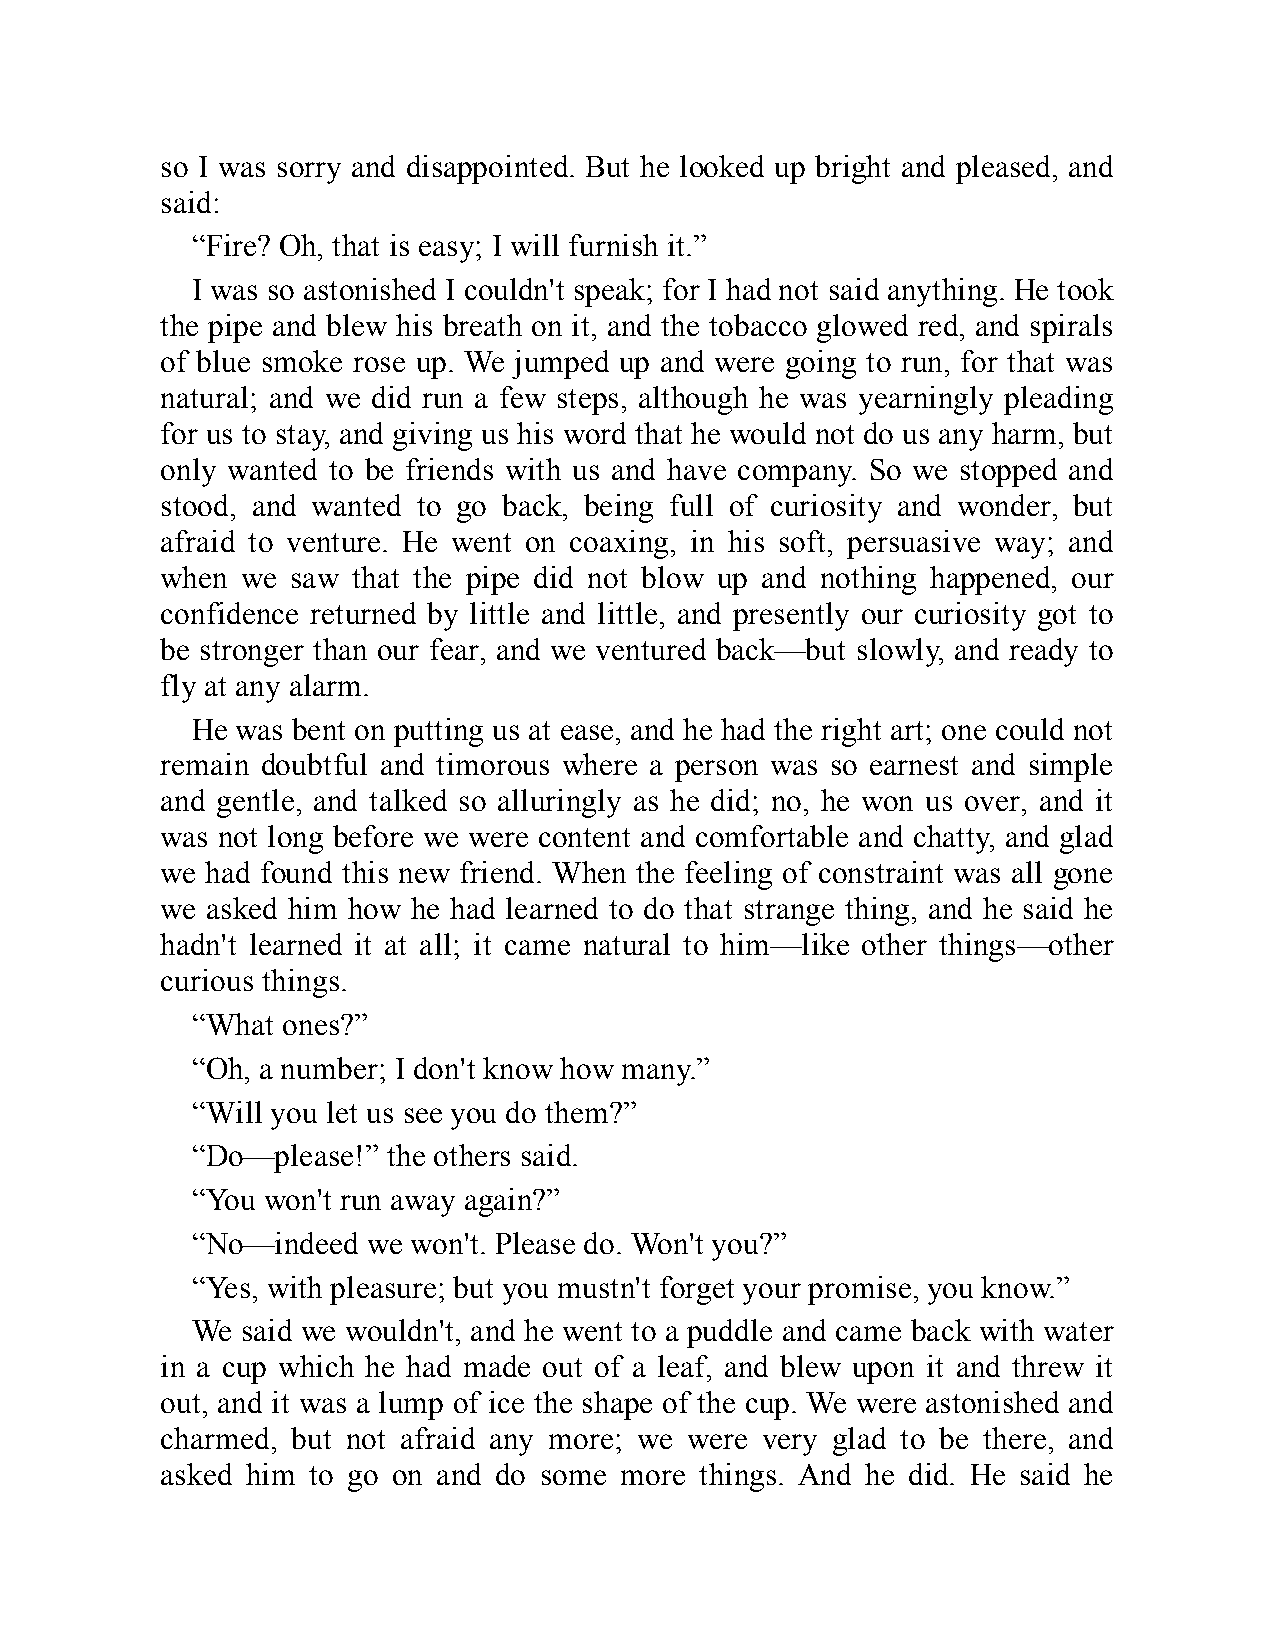
so I was sorry and disappointed. But he looked up bright and pleased, and
 said:
 “Fire? Oh, that is easy; I will furnish it.”
 I was so astonished I couldn't speak; for I had not said anything. He took
 the pipe and blew his breath on it, and the tobacco glowed red, and spirals
 of blue smoke rose up. We jumped up and were going to run, for that was
 natural; and we did run a few steps, although he was yearningly pleading
 for us to stay, and giving us his word that he would not do us any harm, but
 only wanted to be friends with us and have company. So we stopped and
 stood, and wanted to go back, being full of curiosity and wonder, but
 afraid to venture. He went on coaxing, in his soft, persuasive way; and
 when we saw that the pipe did not blow up and nothing happened, our
 confidence returned by little and little, and presently our curiosity got to
 be stronger than our fear, and we ventured back—but slowly, and ready to
 fly at any alarm.
 He was bent on putting us at ease, and he had the right art; one could not
 remain doubtful and timorous where a person was so earnest and simple
 and gentle, and talked so alluringly as he did; no, he won us over, and it
 was not long before we were content and comfortable and chatty, and glad
 we had found this new friend. When the feeling of constraint was all gone
 we asked him how he had learned to do that strange thing, and he said he
 hadn't learned it at all; it came natural to him—like other things—other
 curious things.
 “What ones?”
 “Oh, a number; I don't know how many.”
 “Will you let us see you do them?”
 “Do—please!” the others said.
 “You won't run away again?”
 “No—indeed we won't. Please do. Won't you?”
 “Yes, with pleasure; but you mustn't forget your promise, you know.”
 We said we wouldn't, and he went to a puddle and came back with water
 in a cup which he had made out of a leaf, and blew upon it and threw it
 out, and it was a lump of ice the shape of the cup. We were astonished and
 charmed, but not afraid any more; we were very glad to be there, and
 asked him to go on and do some more things. And he did. He said he